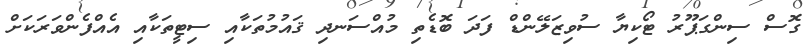
ގޮސް ސިންގަޕޫރު ޓޯކިޔާ ސުވިޒަލޭންޑް ފަދަ ބޮޑެތި މުއްސަނދި ޤައުމުތަކާއި ސިޓީތަކާއި އެއްފެންވަރަކަށް